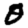
Digit: 0